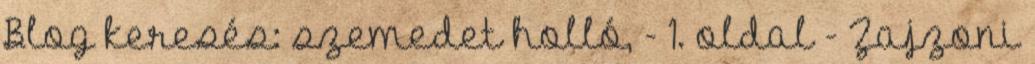
Blog keresés: szemedet holló, - 1. oldal - Zajzoni